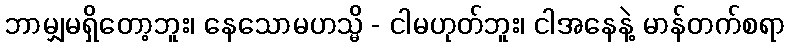
ဘာမျှမရှိတော့ဘူး၊ နေသောမဟသ္မိ - ငါမဟုတ်ဘူး၊ ငါအနေနဲ့ မာန်တက်စရာ